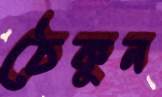
ঠেকুন